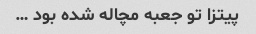
پیتزا تو جعبه مچاله شده بود …